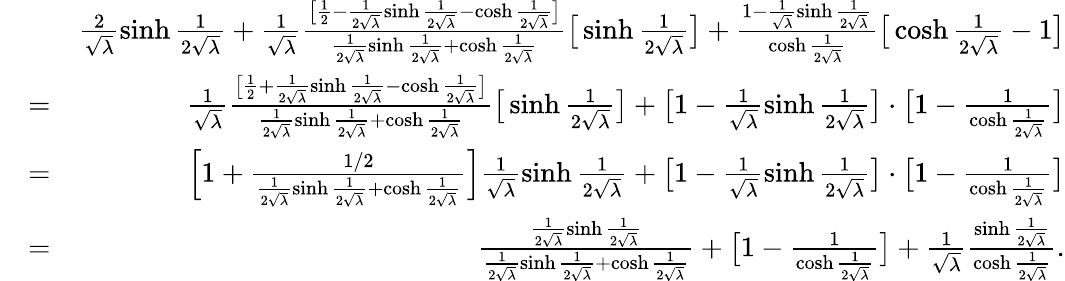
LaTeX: \begin{array}{rlr}&{}&{\frac{2}{\sqrt{\lambda}}\sinh\frac{1}{2\sqrt{\lambda}}+\frac{1}{\sqrt{\lambda}}\frac{\big[\frac{1}{2}-\frac{1}{2\sqrt{\lambda}}\sinh\frac{1}{2\sqrt{\lambda}}-\cosh\frac{1}{2\sqrt{\lambda}}\big]}{\frac{1}{2\sqrt{\lambda}}\sinh\frac{1}{2\sqrt{\lambda}}+\cosh\frac{1}{2\sqrt{\lambda}}}\big[\sinh\frac{1}{2\sqrt{\lambda}}\big]+\frac{1-\frac{1}{\sqrt{\lambda}}\sinh\frac{1}{2\sqrt{\lambda}}}{\cosh\frac{1}{2\sqrt{\lambda}}}\big[\cosh\frac{1}{2\sqrt{\lambda}}-1\big]}\\ &{=}&{\frac{1}{\sqrt{\lambda}}\frac{\big[\frac{1}{2}+\frac{1}{2\sqrt{\lambda}}\sinh\frac{1}{2\sqrt{\lambda}}-\cosh\frac{1}{2\sqrt{\lambda}}\big]}{\frac{1}{2\sqrt{\lambda}}\sinh\frac{1}{2\sqrt{\lambda}}+\cosh\frac{1}{2\sqrt{\lambda}}}\big[\sinh\frac{1}{2\sqrt{\lambda}}\big]+\big[{1-\frac{1}{\sqrt{\lambda}}\sinh\frac{1}{2\sqrt{\lambda}}}\big]\cdot\big[1-\frac{1}{\cosh\frac{1}{2\sqrt{\lambda}}}\big]}\\ &{=}&{\Big[1+\frac{1/2}{\frac{1}{2\sqrt{\lambda}}\sinh\frac{1}{2\sqrt{\lambda}}+\cosh\frac{1}{2\sqrt{\lambda}}}\Big]\frac{1}{\sqrt{\lambda}}\sinh\frac{1}{2\sqrt{\lambda}}+\big[{1-\frac{1}{\sqrt{\lambda}}\sinh\frac{1}{2\sqrt{\lambda}}}\big]\cdot\big[1-\frac{1}{\cosh\frac{1}{2\sqrt{\lambda}}}\big]}\\ &{=}&{\frac{\frac{1}{2\sqrt{\lambda}}\sinh\frac{1}{2\sqrt{\lambda}}}{\frac{1}{2\sqrt{\lambda}}\sinh\frac{1}{2\sqrt{\lambda}}+\cosh\frac{1}{2\sqrt{\lambda}}}+\big[1-\frac{1}{\cosh\frac{1}{2\sqrt{\lambda}}}\big]+\frac{1}{\sqrt{\lambda}}\frac{\sinh\frac{1}{2\sqrt{\lambda}}}{\cosh\frac{1}{2\sqrt{\lambda}}}.}\end{array}